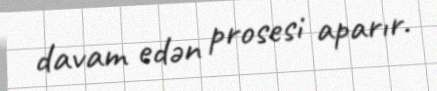
davam edən prosesi aparır.